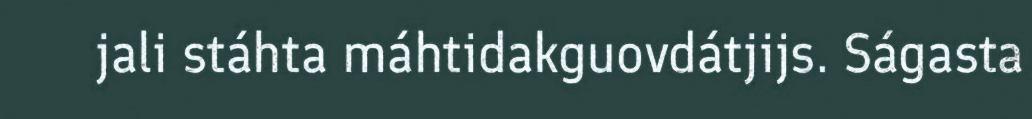
jali stáhta máhtidakguovdátjijs. Ságasta